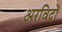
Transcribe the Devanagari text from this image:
अरविदों